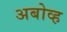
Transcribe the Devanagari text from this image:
अबोव्ह